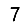
Digit: 7